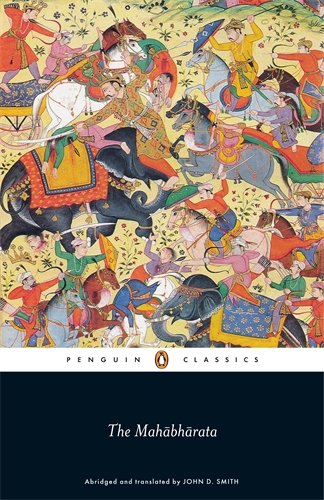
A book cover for The Mahabharata (Penguin Classics); Anonymous; Literature & Fiction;